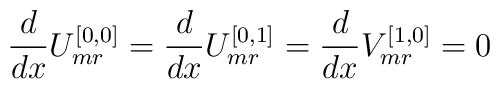
\frac{d}{dx} U_{mr}^{[0,0]} = \frac{d}{dx} U_{mr}^{[0,1]} =\frac{d}{dx} V_{mr}^{[1,0]} = 0